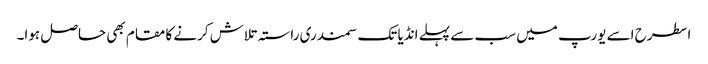
اسطرح اسے یورپ میں سب سے پہلے انڈیا تک سمندری راستہ تلاش کرنے کا مقام بھی حاصل ہوا۔